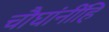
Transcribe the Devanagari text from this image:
चौघांनींहि